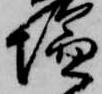
塩